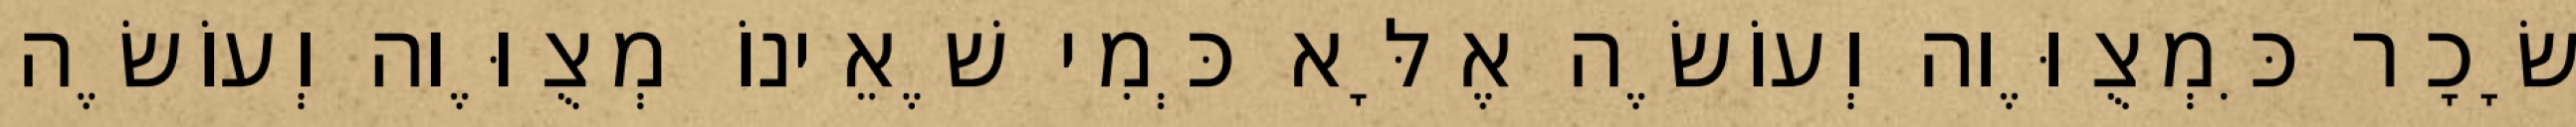
שָׂכָר כִּמְצֻוֶּוה וְעוֹשֶׂה אֶלָּא כְּמִי שֶׁאֵינוֹ מְצֻוֶּוה וְעוֹשֶׂה